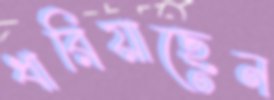
ধারিয়াছেন